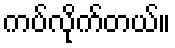
ကပ်လိုက်တယ်။